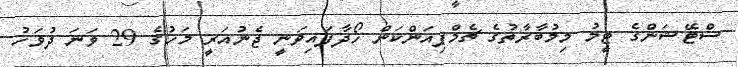
ސްޓޭޝަންގެ ޓީމު މިމުބާރާތުގެ ޗެމްޕިއަންކަން ހޯދާފައިވަނީ ޖެނުއަރީ މަހުގެ 29 ވަނަ ދުވަހު